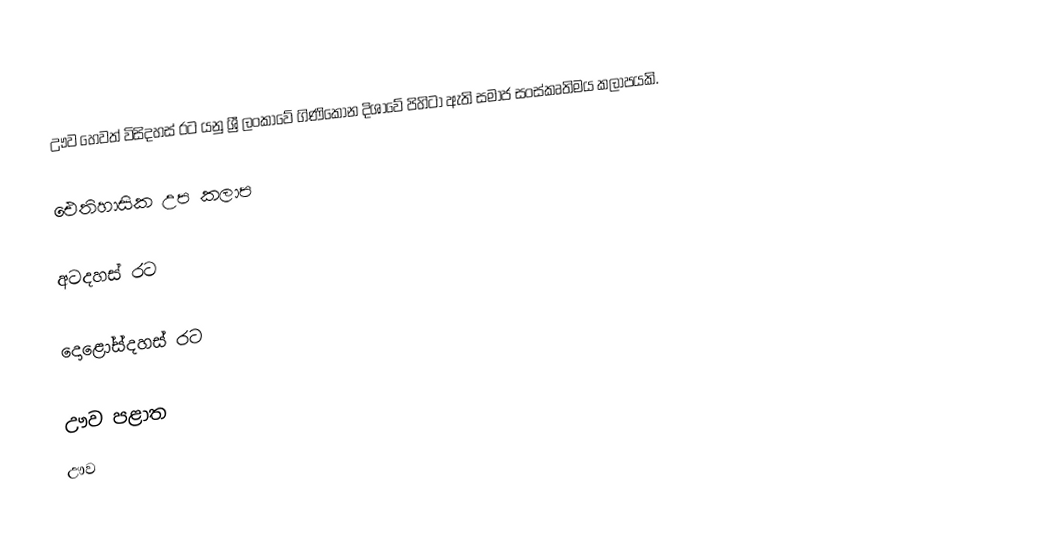
ඌව හෙවත් විසිදහස් රට යනු ශ්‍රී ලංකාවේ ගිණිකොන දිශාවේ පිහිටා ඇති සමාජ සංස්කෘතිමය කලාපයකි.

ඓතිහාසික උප කලාප

අටදහස් රට

දොළෝස්දහස් රට

ඌව පළාත
ඌව